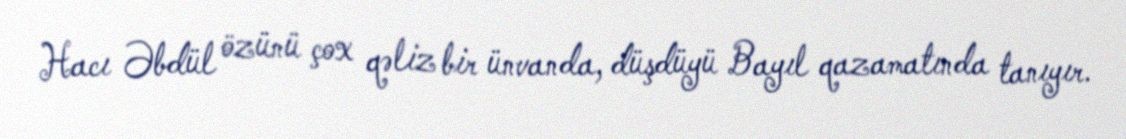
Hacı Əbdül özünü çox qəliz bir ünvanda, düşdüyü Bayıl qazamatında tanıyır.